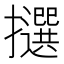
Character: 𢸷